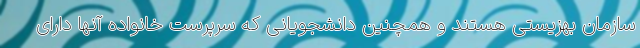
سازمان بهزیستی هستند و همچنین دانشجویانی که سرپرست خانواده آنها دارای